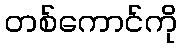
တစ်ကောင်ကို